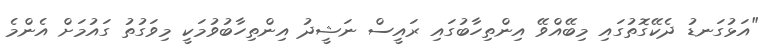
"އަޅުގަނޑު ދެކޭގޮތުގައި މިބޭއްވޭ އިންތިހާބުގައި ރައީސް ނަޝީދު އިންތިހާބުވުމަކީ މިވަގުތު ގައުމަށް އެންމެ